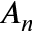
A _ { n }